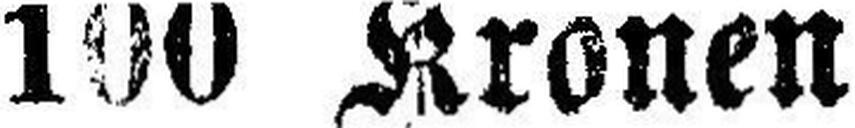
100 Kronen